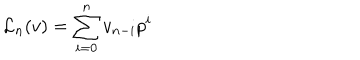
LaTeX: { { \mathcal L } _ { n } } ( v ) = \sum _ { i = 0 } ^ { n } v _ { n - i } p ^ { i }